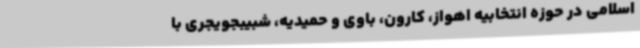
اسلامی در حوزه انتخابیه اهواز، کارون، باوی و حمیدیه، شبیبجویجری با